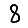
Digit: 8